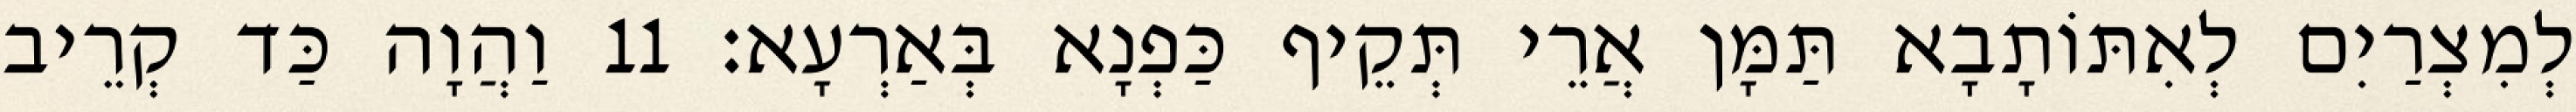
לְמִצְרַיִם לְאִתּוֹתָבָא תַּמָּן אֲרֵי תְּקֵיף כַּפְנָא בְּאַרְעָא׃ 11 וַהֲוָה כַּד קְרֵיב